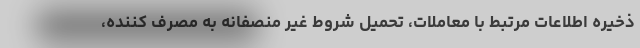
ذخیره اطلاعات مرتبط با معاملات، تحمیل شروط غیر منصفانه به مصرف کننده،